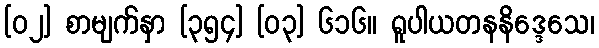
[၀၂] စာမျက်နှာ [၃၅၄] [၀၃] ၆၁၆။ ရူပါယတနနိဒ္ဒေသေ၊